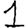
Digit: 1